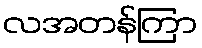
လအတန်ကြာ